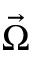
\vec { \Omega }